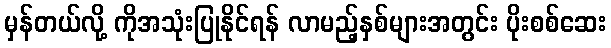
မှန်တယ်လို့ ကိုအသုံးပြုနိုင်ရန် လာမည့်နှစ်များအတွင်း ပိုးစစ်ဆေး